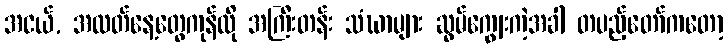
အငယ်, အလတ်နေ့တွေကုန်လို အကြီးတန်း သံဃာများ ဆွမ်ကျွေးကဲ့အခါ တပည့်တော်ကတော့